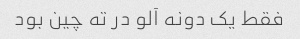
فقط یک دونه آلو در ته چین بود